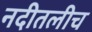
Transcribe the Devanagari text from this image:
नदीतलीच